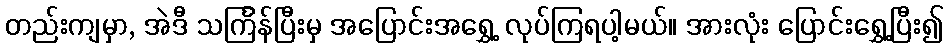
တည်းကျမှာ, အဲဒီ သင်္ကြန်ပြီးမှ အပြောင်းအရွှေ့ လုပ်ကြရပါ့မယ်။ အားလုံး ပြောင်းရွှေ့ပြီး၍